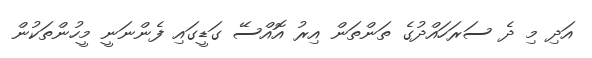
އަދި މި ދެ ސަރަހައްދުގެ ތަންތަން އިރު އޮއްސޭ ގަޑީގައި ފެންނަނީ މީހުންތަކުން